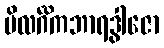
ဗိလင်္ဂိကဘာရဒွါဇော